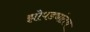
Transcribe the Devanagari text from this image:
झोपड्यांतच